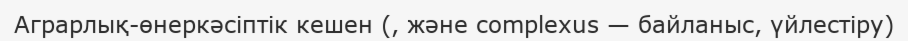
Аграрлық-өнеркәсіптік кешен (, және complexus — байланыс, үйлестіру)